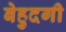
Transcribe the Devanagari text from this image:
बेहुदगी